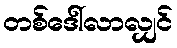
တစ်ဒေါ်လာလျှင်